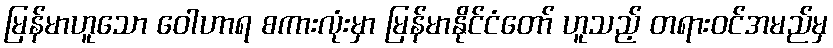
မြန်မာဟူသော ဝေါဟာရ စကားလုံးမှာ မြန်မာနိုင်ငံတော် ဟူသည့် တရားဝင်အမည်မှ